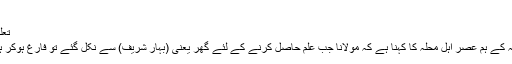
)
تعلیمی یکسوئی:
مولانا ابوسلمہ کے ہم عصر اہل محلہ کا کہنا ہے کہ مولانا جب علم حاصل کرنے کے لئے گھر یعنی (بہار شریف) سے نکل گئے تو فارغ ہوکر ہی واپس آئے۔